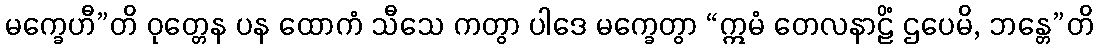
မက္ခေဟီ”တိ ဝုတ္တေန ပန ထောကံ သီသေ ကတွာ ပါဒေ မက္ခေတွာ “ဣမံ တေလနာဠိံ ဌပေမိ, ဘန္တေ”တိ